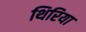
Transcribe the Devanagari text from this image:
थिरिया